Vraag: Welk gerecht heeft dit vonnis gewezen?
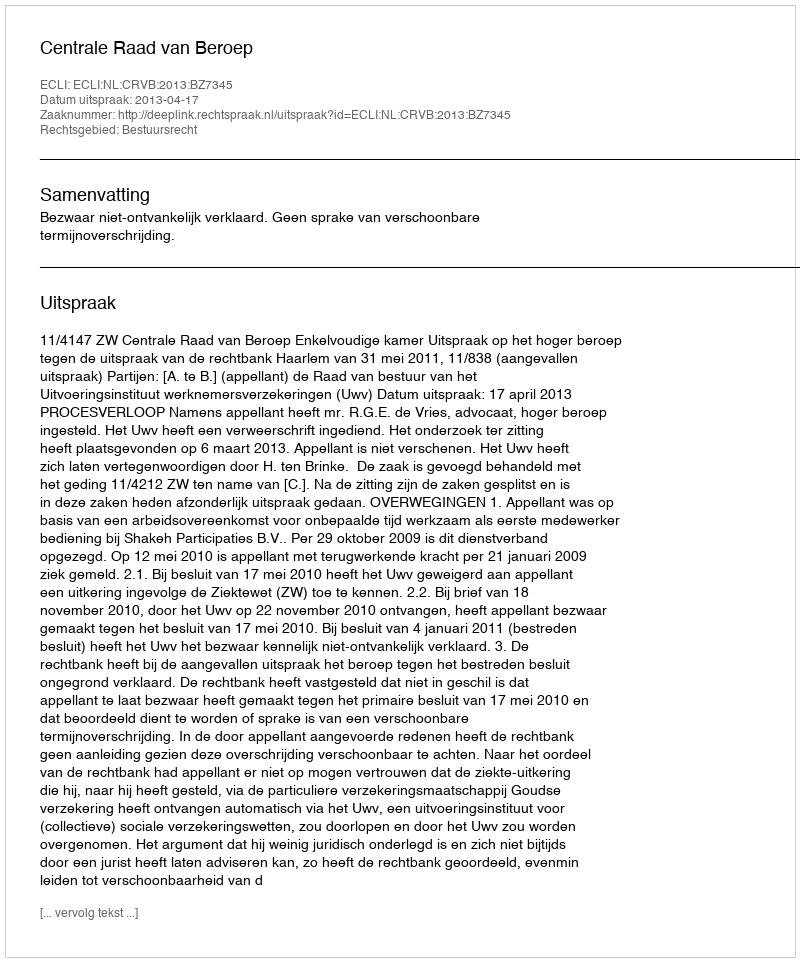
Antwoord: Centrale Raad van Beroep